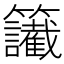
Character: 𥸔